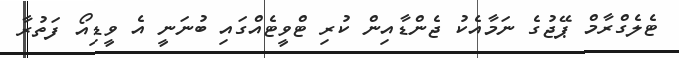
ޓެލެގްރާމް ޕޭޖުގެ ނަމާއެކު ޖެންޑާއިން ކުރި ޓްވީޓެއްގައި ބުނަނީ އެ ވީޑިއޯ ފަތުރާ